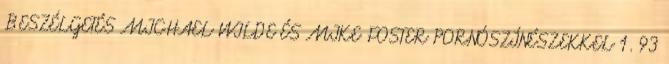
BESZÉLGETÉS MICHAEL WILDE ÉS MIKE FOSTER PORNÓSZÍNÉSZEKKEL 1. 93